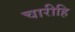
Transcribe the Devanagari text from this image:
चारीहि